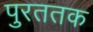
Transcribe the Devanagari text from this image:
पुरततक